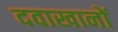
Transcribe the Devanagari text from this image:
दवाखानों